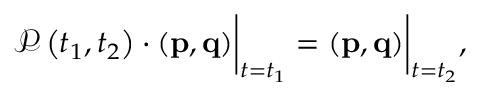
\begin{array} { r } { \mathcal { P } \left( t _ { 1 } , t _ { 2 } \right) \cdot \left( \mathbf { p } , \mathbf { q } \right) \biggr \rvert _ { t = t _ { 1 } } = \left( \mathbf { p } , \mathbf { q } \right) \biggr \rvert _ { t = t _ { 2 } } , } \end{array}